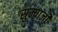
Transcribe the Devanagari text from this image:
सुम्पाजी